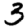
Digit: 3